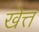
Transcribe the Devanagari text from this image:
खेत्त